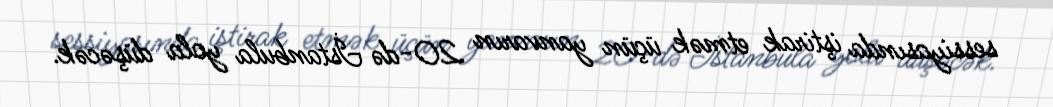
sessiyasında iştirak etmək üçün yanvarın 20-də İstanbula yola düşəcək.